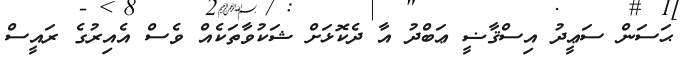
ޙަސަން ސަޢީދު އިސްޤާޟީ ޢަބްދު އާ ދެކޮޅަށް ޝަކުވާތަކެއް ވެސް އެއިރުގެ ރައީސް